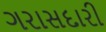
ગરાસદારી